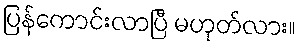
ပြန်ကောင်းလာပြီ မဟုတ်လား။